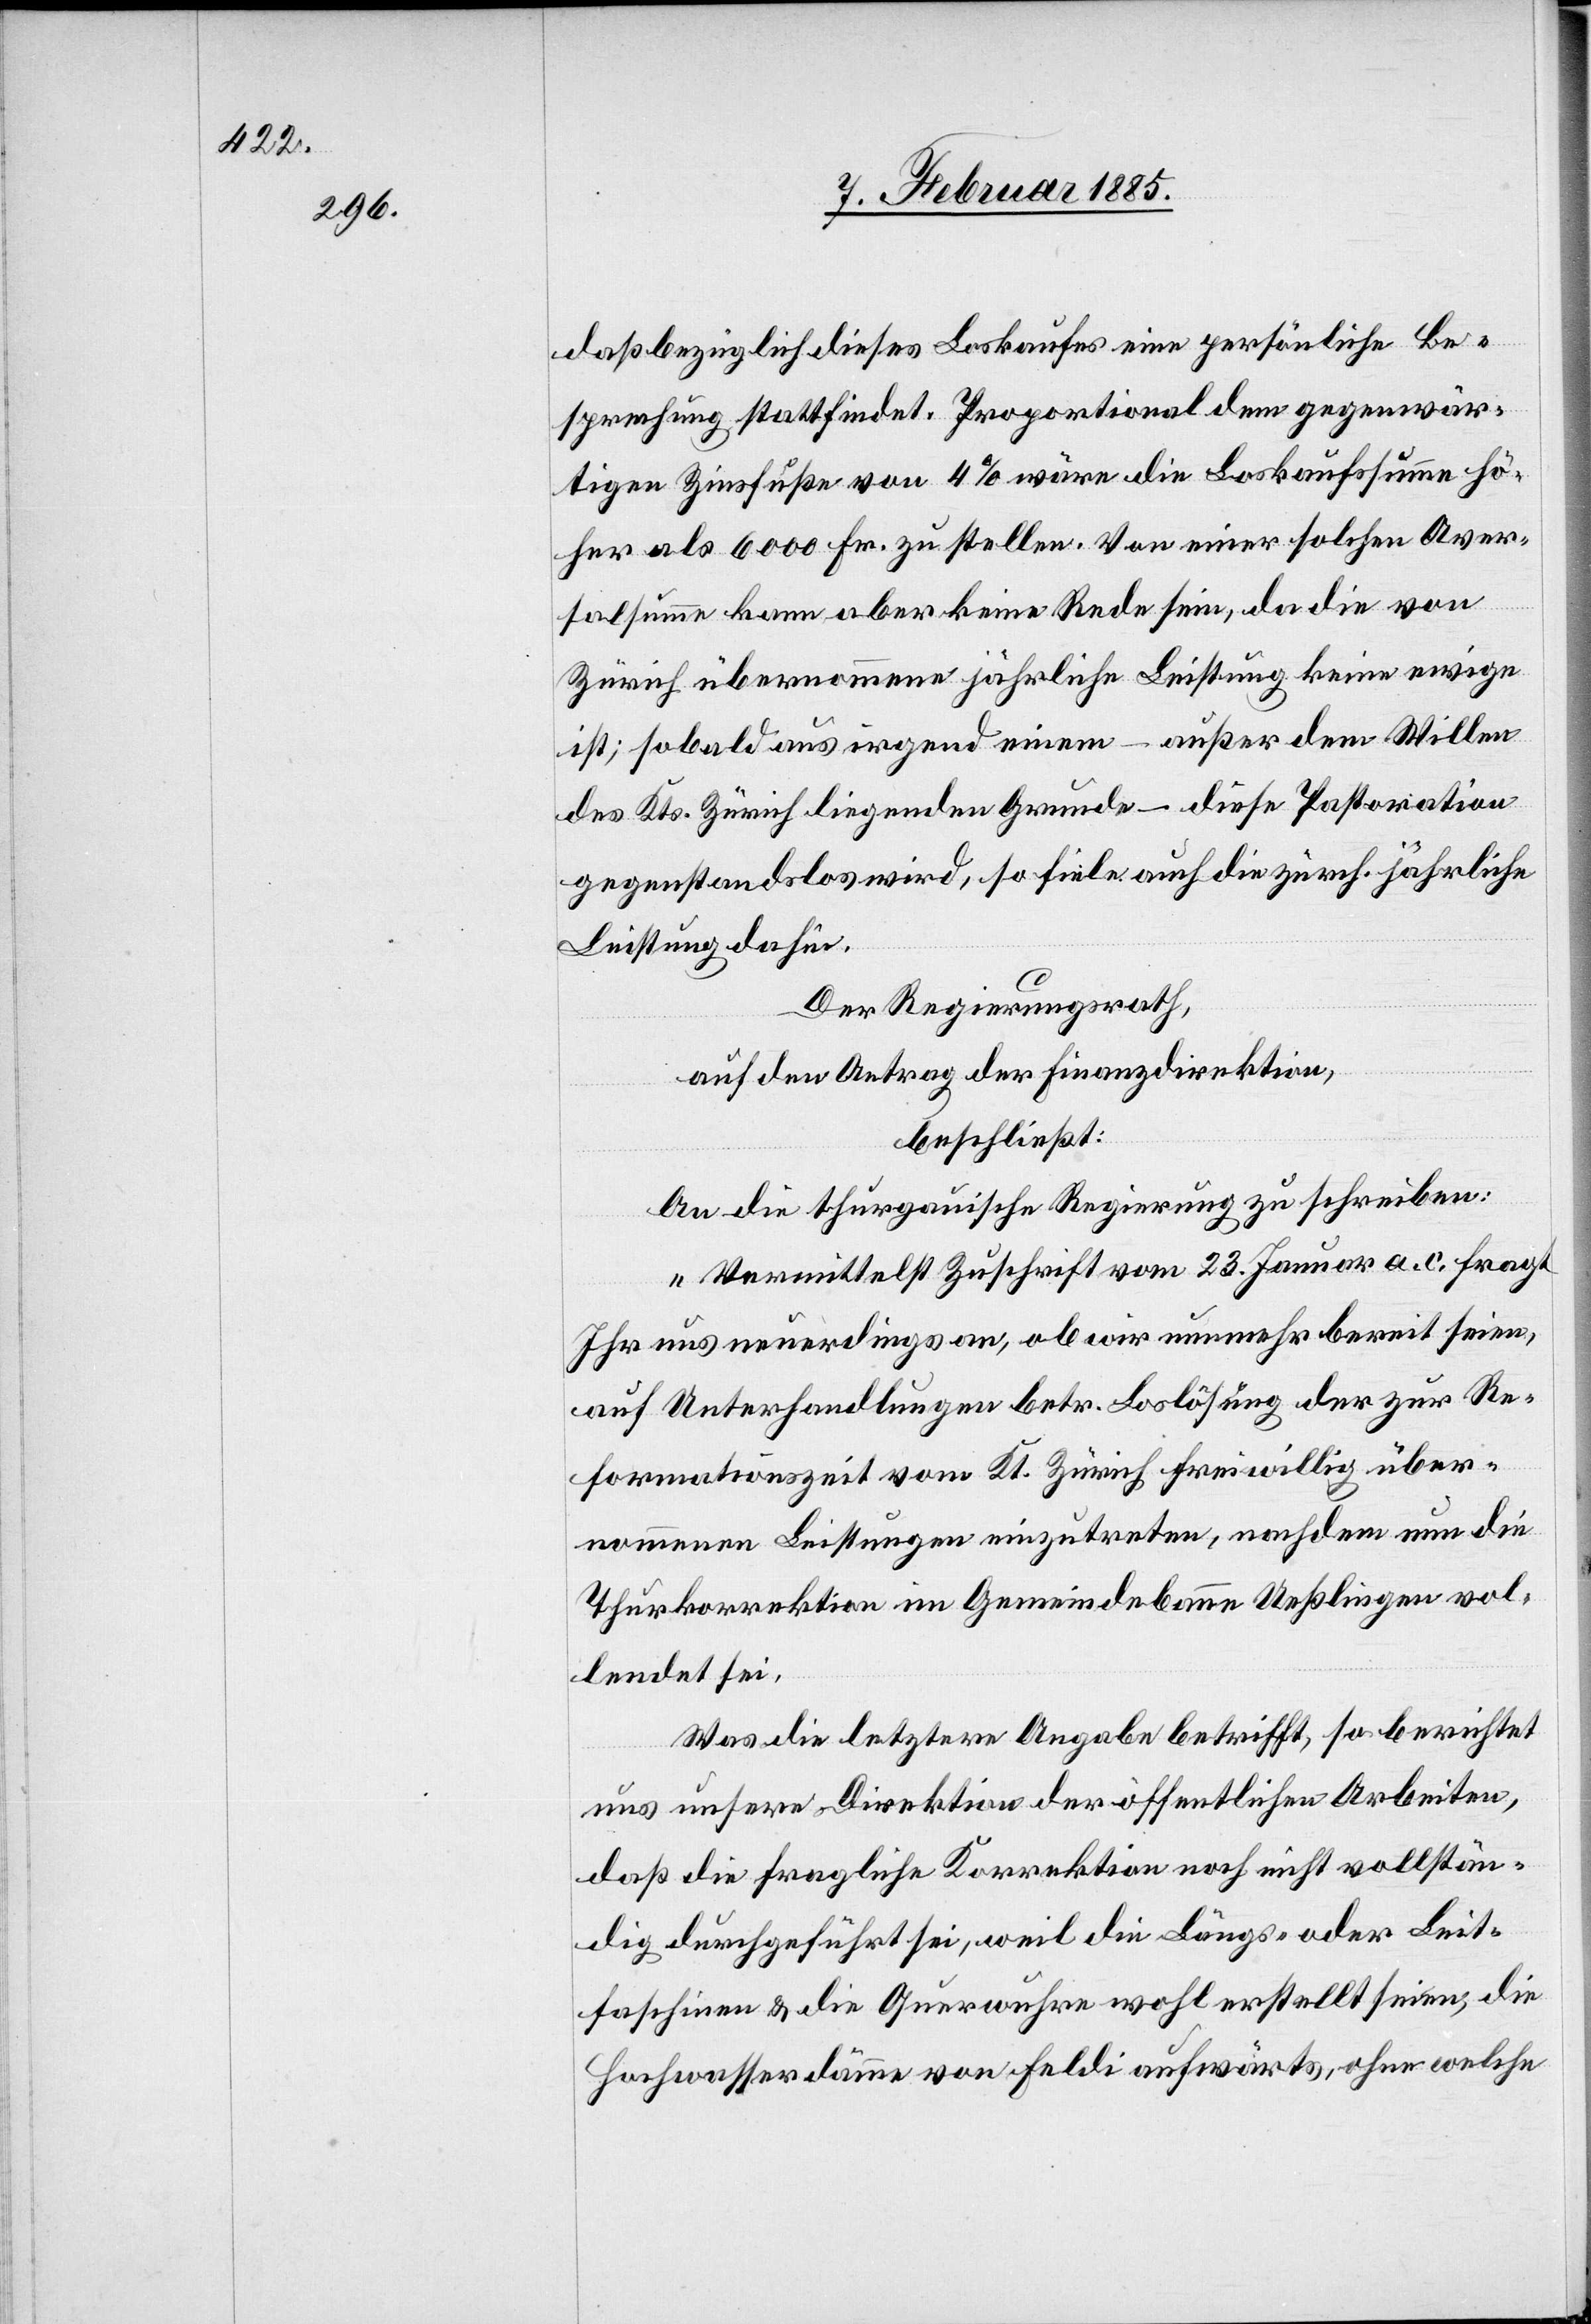
daß bezüglich dieses Loskaufes eine persönliche Be¬
sprechung stattfindet. Proportional dem gegenwär¬
tigen Zinsfuße von 4% wäre die Loskaufssumme hö¬
her als 6000 Fr. zu stellen. Von einer solchen Aver¬
salsumme kann aber keine Rede sein, das die von
Zürich übernommene jährliche Leistung keine ewige
ist; sobald aus irgend einem – außer dem Willen
des Kts. Zürich liegenden Grunde – dieses Pastoration
gegenstandslos wird, so fiele auch die zürch. jährliche
Leistung dafür.
Der Regierungsrath,
auf den Antrag der Finanzdirektion,
beschließt:
An die thurgauische Regierung zu schreiben:
„Vermittelst Zuschrift vom 23. Januar a. c. fragt
Ihr uns neuerdings an, ob wir nunmehr bereit seien,
auf Unterhandlungen betr. Loslösung der zur Re¬
formationszeit vom Kt. Zürich freiwillig über¬
nommenen Leistungen einzutreten, nachdem nun die
Thurkorrektion im Gemeindebanne Ueßlingen vol¬
lendet sei.
Was die letztere Angabe betrifft, so berichtet
uns unsere Direktion der öffentlichen Arbeiten,
daß die fragliche Korrektion noch nicht vollstän¬
dig durchgeführt sei, weil die Längs- oder Leit¬
faschinen & die Querwuhre wohl erstellt seien, die
Hochwasserdämme von Feldi aufwärts, ohne welche